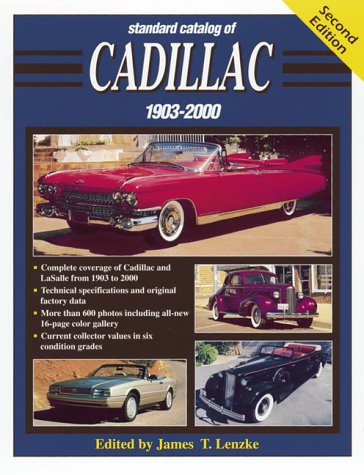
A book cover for Standard Catalog of Cadillac, 1903-2000; Engineering & Transportation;